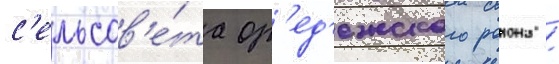
с'ельсов'е́та ор'ед'ежского раиона /